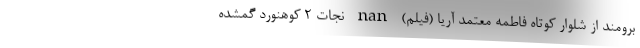
برومند از شلوار کوتاه فاطمه معتمد آریا (فیلم) nan نجات ۲ کوهنورد گمشده